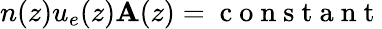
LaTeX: n(z)u_{e}(z)\mathbf{A}(z)=\mathrm{{~c~o~n~s~t~a~n~t~}}